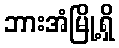
ဘားအံမြို့ရှိ